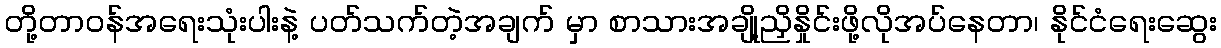
တို့တာဝန်အရေးသုံးပါးနဲ့ ပတ်သက်တဲ့အချက် မှာ စာသားအချို့ညှိနှိုင်းဖို့လိုအပ်နေတာ၊ နိုင်ငံရေးဆွေး